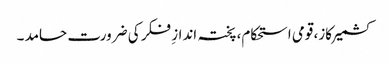
کشمیر کاز، قومی استحکام، پختہ اندازِ فکر کی ضرورت حامد ۔